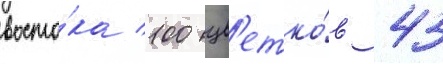
восто́ка 100 цв'етко́в 43